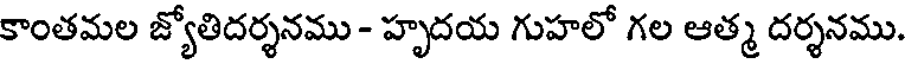
కాంతమల జ్యోతిదర్శనము - హృదయ గుహలో గల ఆత్మ దర్శనము.